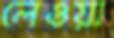
লেওয়া